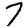
Digit: 7